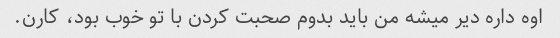
اوه داره دیر میشه من باید بدوم صحبت کردن با تو خوب بود، کارن.